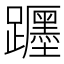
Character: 𨇠